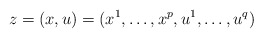
\begin{align*}z=(x,u)=(x^1,\ldots,x^p,u^1,\ldots, u^q)\end{align*}